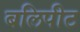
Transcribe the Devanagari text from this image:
बलिपीट